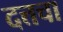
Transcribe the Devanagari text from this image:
दत्तचा